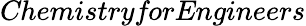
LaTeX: \textit{ChemistryforEngineers}